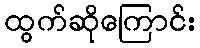
ထွက်ဆိုကြောင်း